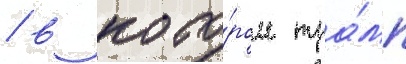
/ в кото́ром тра́мп